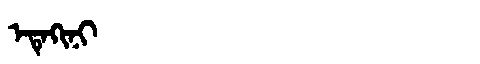
Manchu: ᡝᡨᡝᡴᡳᠨᡳ
Romanization: ETEKINI